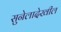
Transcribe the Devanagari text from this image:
सुनेलादेखील